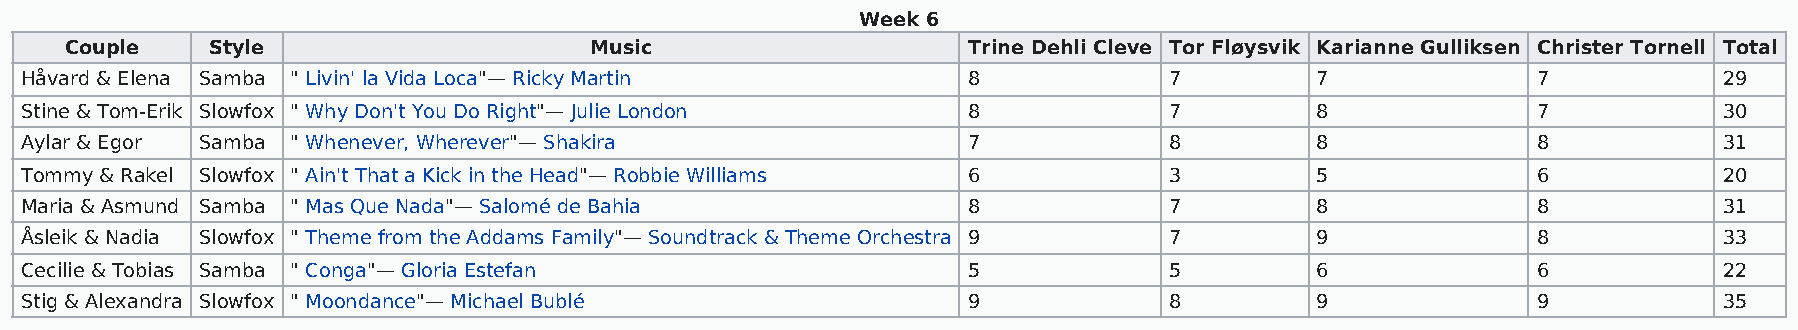
Week 6
 Couple    Style                    Music                    Trine Dehli Cleve Tor Fløysvik Karianne Gulliksen Christer Tornell Total
 Håvard & Elena Samba " Livin' la Vida Loca"— Ricky Martin      8            7         7              7           29
 Stine & Tom-Erik Slowfox " Why Don't You Do Right"— Julie London 8          7         8              7           30
 Aylar & Egor Samba " Whenever, Wherever"— Shakira              7            8         8              8           31
 Tommy & Rakel Slowfox " Ain't That a Kick in the Head"— Robbie Williams 6   3         5              6           20
 Maria & Asmund Samba " Mas Que Nada"— Salomé de Bahia          8            7         8              8           31
 Åsleik & Nadia Slowfox " Theme from the Addams Family"— Soundtrack & Theme Orchestra 9 7 9           8           33
 Cecilie & Tobias Samba " Conga"— Gloria Estefan                5            5         6              6           22
 Stig & Alexandra Slowfox " Moondance"— Michael Bublé           9            8         9              9           35